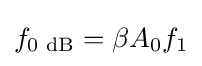
f_{\text{0 dB}}=\beta A_{0}f_{1}